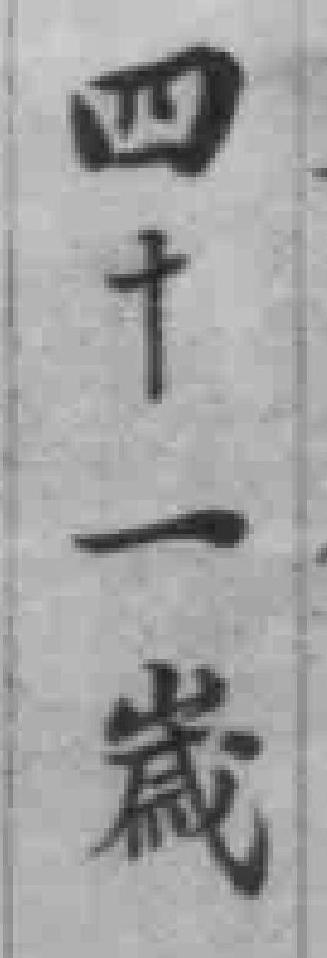
四十一嵗